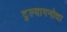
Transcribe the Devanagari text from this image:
टुल्यागनोवा